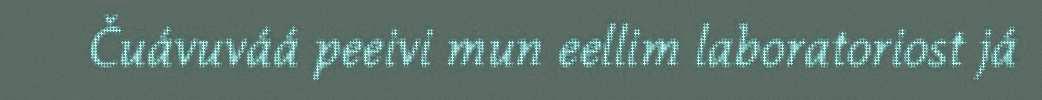
Čuávuváá peeivi mun eellim laboratoriost já